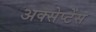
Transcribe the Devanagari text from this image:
अक्सेप्टेंस